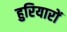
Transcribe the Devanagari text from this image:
हुरियारों